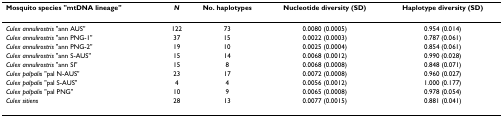
| Mosquito species "mtDNA lineage" | N | No. haplotypes | Nucleotide diversity (SD) | Haplotype diversity (SD) |
 | --- | --- | --- | --- | --- |
 | Culex annulirostris "ann AUS" | 122 | 73 | 0.0080 (0.0005) | 0.954 (0.014) |
 | Culex annulirostris "ann PNG-1" | 37 | 15 | 0.0022 (0.0003) | 0.787 (0.061) |
 | Culex annulirostris "ann PNG-2" | 19 | 10 | 0.0025 (0.0004) | 0.854 (0.061) |
 | Culex annulirostris "ann S-AUS" | 15 | 14 | 0.0068 (0.0012) | 0.990 (0.028) |
 | Culex annulirostris "ann SI" | 15 | 8 | 0.0068 (0.0008) | 0.848 (0.071) |
 | Culex palpalis "pal N-AUS" | 23 | 17 | 0.0072 (0.0008) | 0.960 (0.027) |
 | Culex palpalis "pal S-AUS" | 4 | 4 | 0.0056 (0.0012) | 1.000 (0.177) |
 | Culex palpalis "pal PNG" | 10 | 9 | 0.0065 (0.0008) | 0.978 (0.054) |
 | Culex sitiens | 28 | 13 | 0.0077 (0.0015) | 0.881 (0.041) |